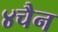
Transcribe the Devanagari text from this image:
४चैन